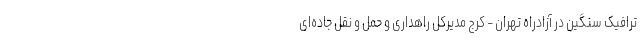
ترافیک سنگین در آزادراه تهران - کرج مدیرکل راهداری و حمل و نقل جاده‌ای